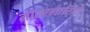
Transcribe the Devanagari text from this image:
मोटरलारियों